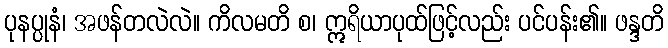
ပုနပ္ပုနံ၊ အဖန်တလဲလဲ။ ကိလမတိ စ၊ ဣရိယာပုထ်ဖြင့်လည်း ပင်ပန်း၏။ ဖန္ဒတိ